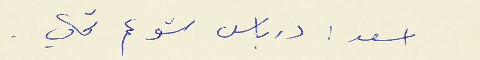
اسعد : درباس شو عم تحكي .